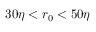
3 0 \eta < r _ { 0 } < 5 0 \eta